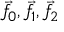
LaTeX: { \vec { f } } \! _ { 0 } , { \vec { f } } \! _ { 1 } , { \vec { f } } \! _ { 2 }